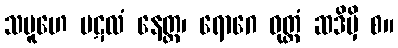
သမူဟေ ပဋလံ နေတ္တ၊ ရောဂေ ဝုတ္တံ ဆဒိမှိ စ။